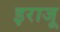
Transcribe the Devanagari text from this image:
इराजू